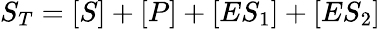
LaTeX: S_{T}=[S]+[P]+[ES_{1}]+[ES_{2}]